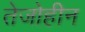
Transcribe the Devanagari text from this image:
तेजोहीन